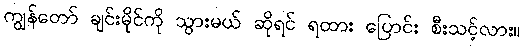
ကျွန်တော် ချင်းမိုင်ကို သွားမယ် ဆိုရင် ရထား ပြောင်း စီးသင့်လား။